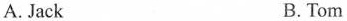
A. Jack B. Tom